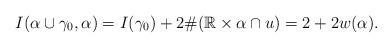
LaTeX: \begin{align*} I(\alpha\cup{\gamma_{0}},\alpha)=I(\gamma_{0})+2\#(\mathbb{R}\times \alpha \cap u)=2+2w(\alpha).\end{align*}